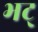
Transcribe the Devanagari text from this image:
भट्